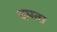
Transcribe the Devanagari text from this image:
दमता